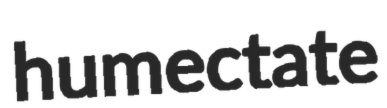
humectate